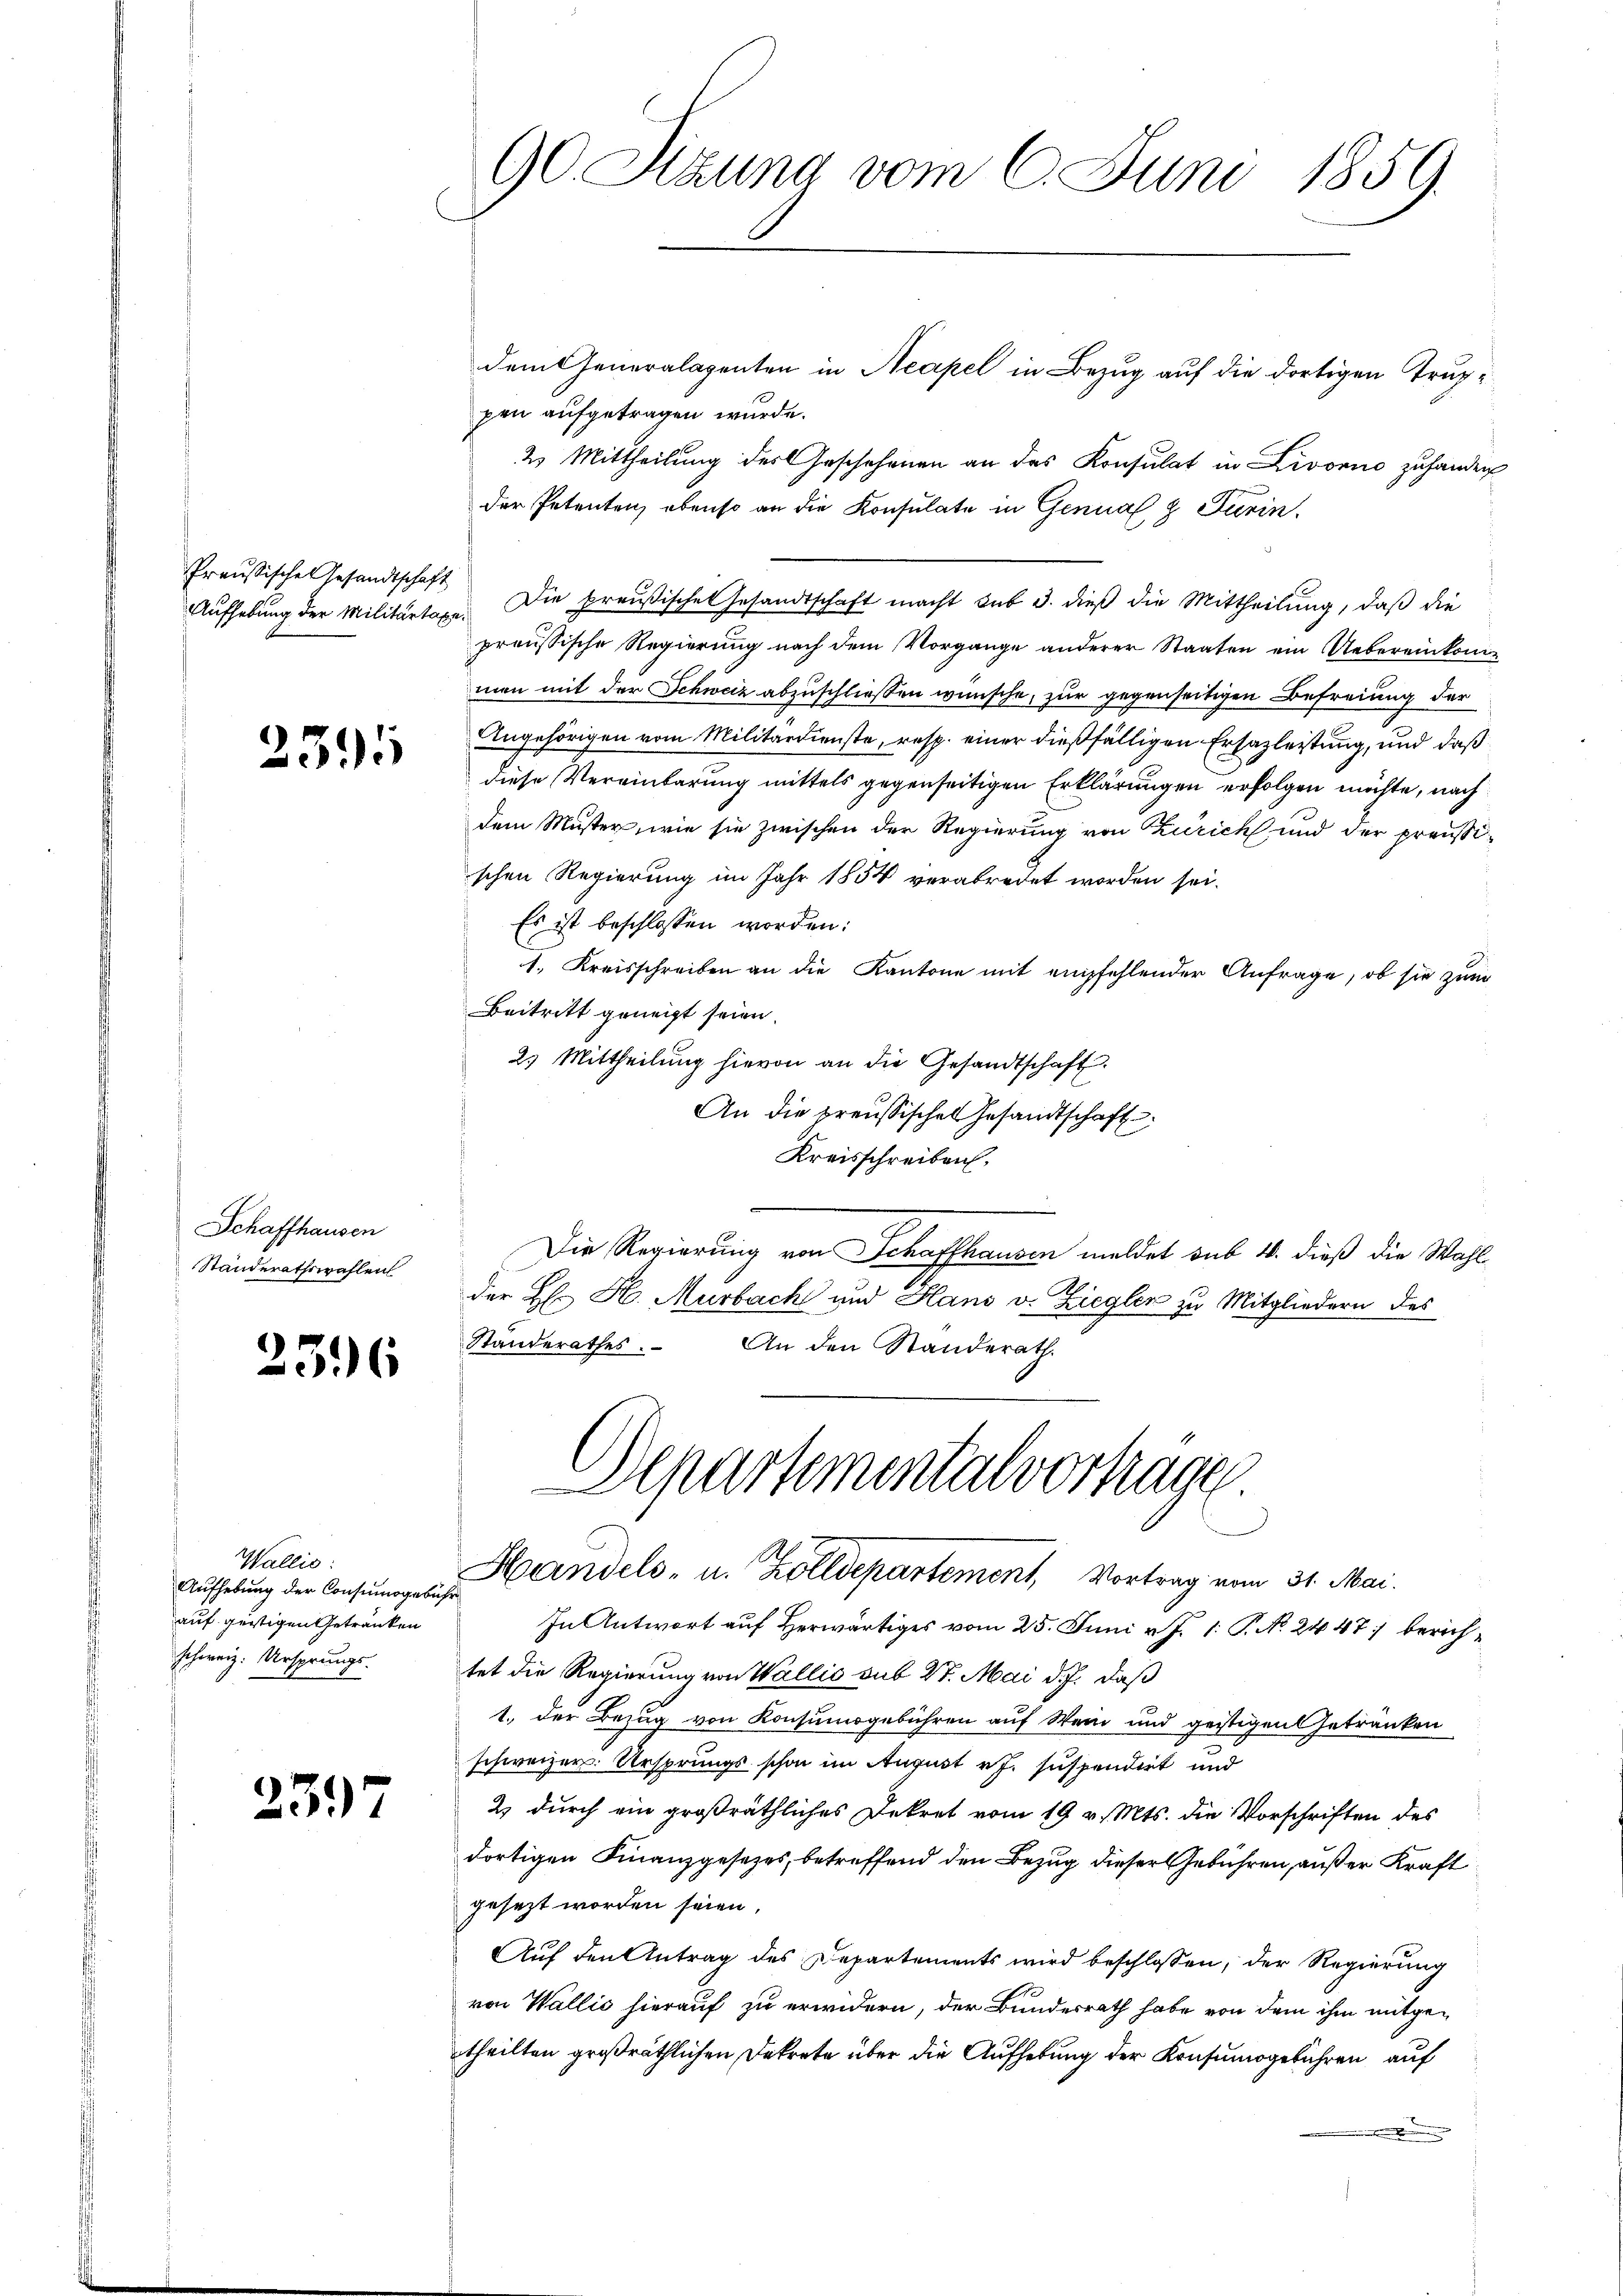
Preußische Gesandtschaft

2391

Schaffhausen
Standerathswahlen

2596

Wallis:
Aufhebung der Consumogebühr
auf gestigen Getränken
schweiz. Ursprungs-

2397

90. Sitzung vom 6. Juni 1859.

dem Generalagenten in Neapel in Bezug auf die dortigen Truppen aufgetragen wurde.
2 Mittheilung des Geschehenen an das Konsulat in Livorno zuhander
der Petenten, ebenso an die Konsulate in Genual & Turin.
Aŭfhebung der Militärtage. Die preußische Gesandtschaft macht sub 3. dieß die Mittheilung, daß die
preußische Regierung nach dem Vorgange anderer Staaten ein Uebereinkommen mit der Schweiz abzuschliessen wünsche, zur gegenseitigen Befreiung der
Angehörigen vom Militärdienste, resp. einer dießfälligen Ersazleitung, und daß
diese Vereinbarung mittels gegenseitigen Erklärungen erfolgen möchte, nach
dem Muster, wie sie zwischen der Regierung von Zürich und der preußischen Regierung im Jahr 1854 verabredet worden sei.
Es ist beschlossen worden:
1. Kreisschreiben an die Kantone mit empfehlender Anfrage, ob sie zum
Beitritt geneigt seien.
2. Mittheilŭng hievon an die Gesandtschaft.
An die preussisches Gesandtschaft
Kreisschreiben,
Die Regierung von Schaffhausen meldet sub 1. dieß die Wahl
der H. H. Murbach und Hans v. Ziegler zu Mitgliedern des
Standerathes. An den Standerath.

Departementalvertrage
Handels- u. Zolldepartement, Vortrag vom 31. Mai.

In Antwort auf Herwärtiges vom 25. Juni v. J. 1. P. No. 2447 berichtet die Regierung von Wallis sub 27. Mai d. J. daß
1. der Bezug von Konsumsgebühren auf Wein und geistigen Getränken
schweizer. Ursprungs schon im August rf. suspendirt und
2) durch ein großräthliches Dekret vom 19 v. Mts. die Vorschriften des
dortigen Finanzgesetzes, betreffend den Bezug dieser Gebühren, außer Kraft
gesezt worden seien,
Auf den Antrag des Departements wird beschlossen, der Regierung
von Wallić hierauf zu erwidern, der Bundesrath habe von dem ihm mitgetheilten großräthlichen Dekrete über die Aufhebung der Konsumogebühren auf
.